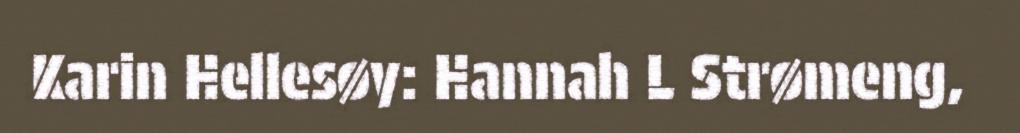
Karin Hellesøy: Hannah L Strømeng,